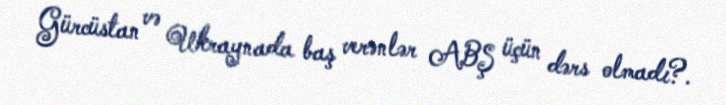
Gürcüstan və Ukraynada baş verənlər ABŞ üçün dərs olmadı?.